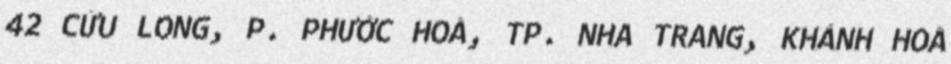
42 CỬU LONG, P. PHƯỚC HOÀ, TP. NHA TRANG, KHÁNH HOÀ